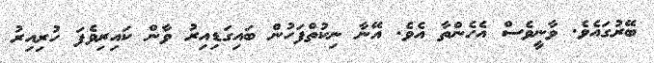
ބޭރުގައެވެ. ވާނީވެސް އެހެންތާ އެވެ. އޭނާ ނިކުތްފަހުން ބައިގަޑިއިރު ވާން ކައިރިވެފަ ހުރިއިރު